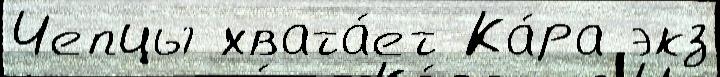
Чепцы хвата́ет Ка́ра экз